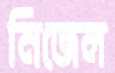
নিজেল